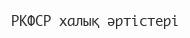
РКФСР халық әртістері